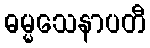
ဓမ္မသေနာပတီ